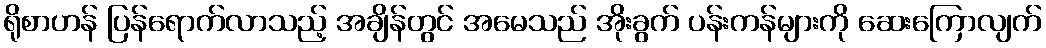
ရိုစာဟန် ပြန်ရောက်လာသည့် အချိန်တွင် အမေသည် အိုးခွက် ပန်းကန်များကို ဆေးကြောလျက်